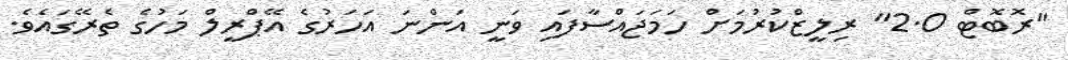
"ރޮބޮޓް 2.0" ރިލީޒްކުރުމަށް ހަމަޖައްސާފައި ވަނީ އަންނަ އަހަރުގެ އޭޕްރީލް މަހުގެ ތެރޭގައެވެ.